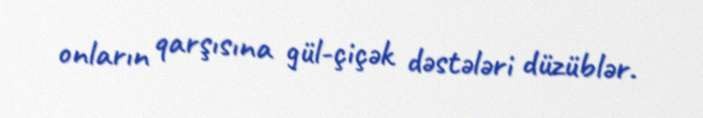
onların qarşısına gül-çiçək dəstələri düzüblər.